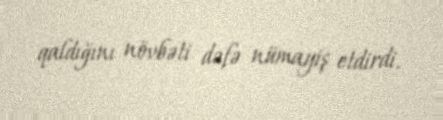
qaldığını növbəti dəfə nümayiş etdirdi.